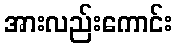
အားလည်းကောင်း